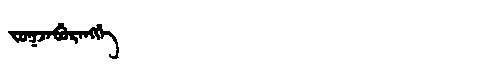
Manchu: ᠵᠣᡴᠵᠠᠪᡠᡵᠠᠩᡤᡝ
Romanization: JOKJABURANGGE